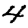
Digit: 4